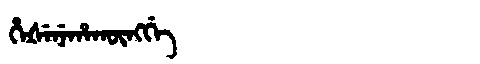
Manchu: ᡥᡝᡧᡝᠨᡝᡥᠠᡴᡡᠩᡤᡝ
Romanization: HEŠENEHAKŪNGGE